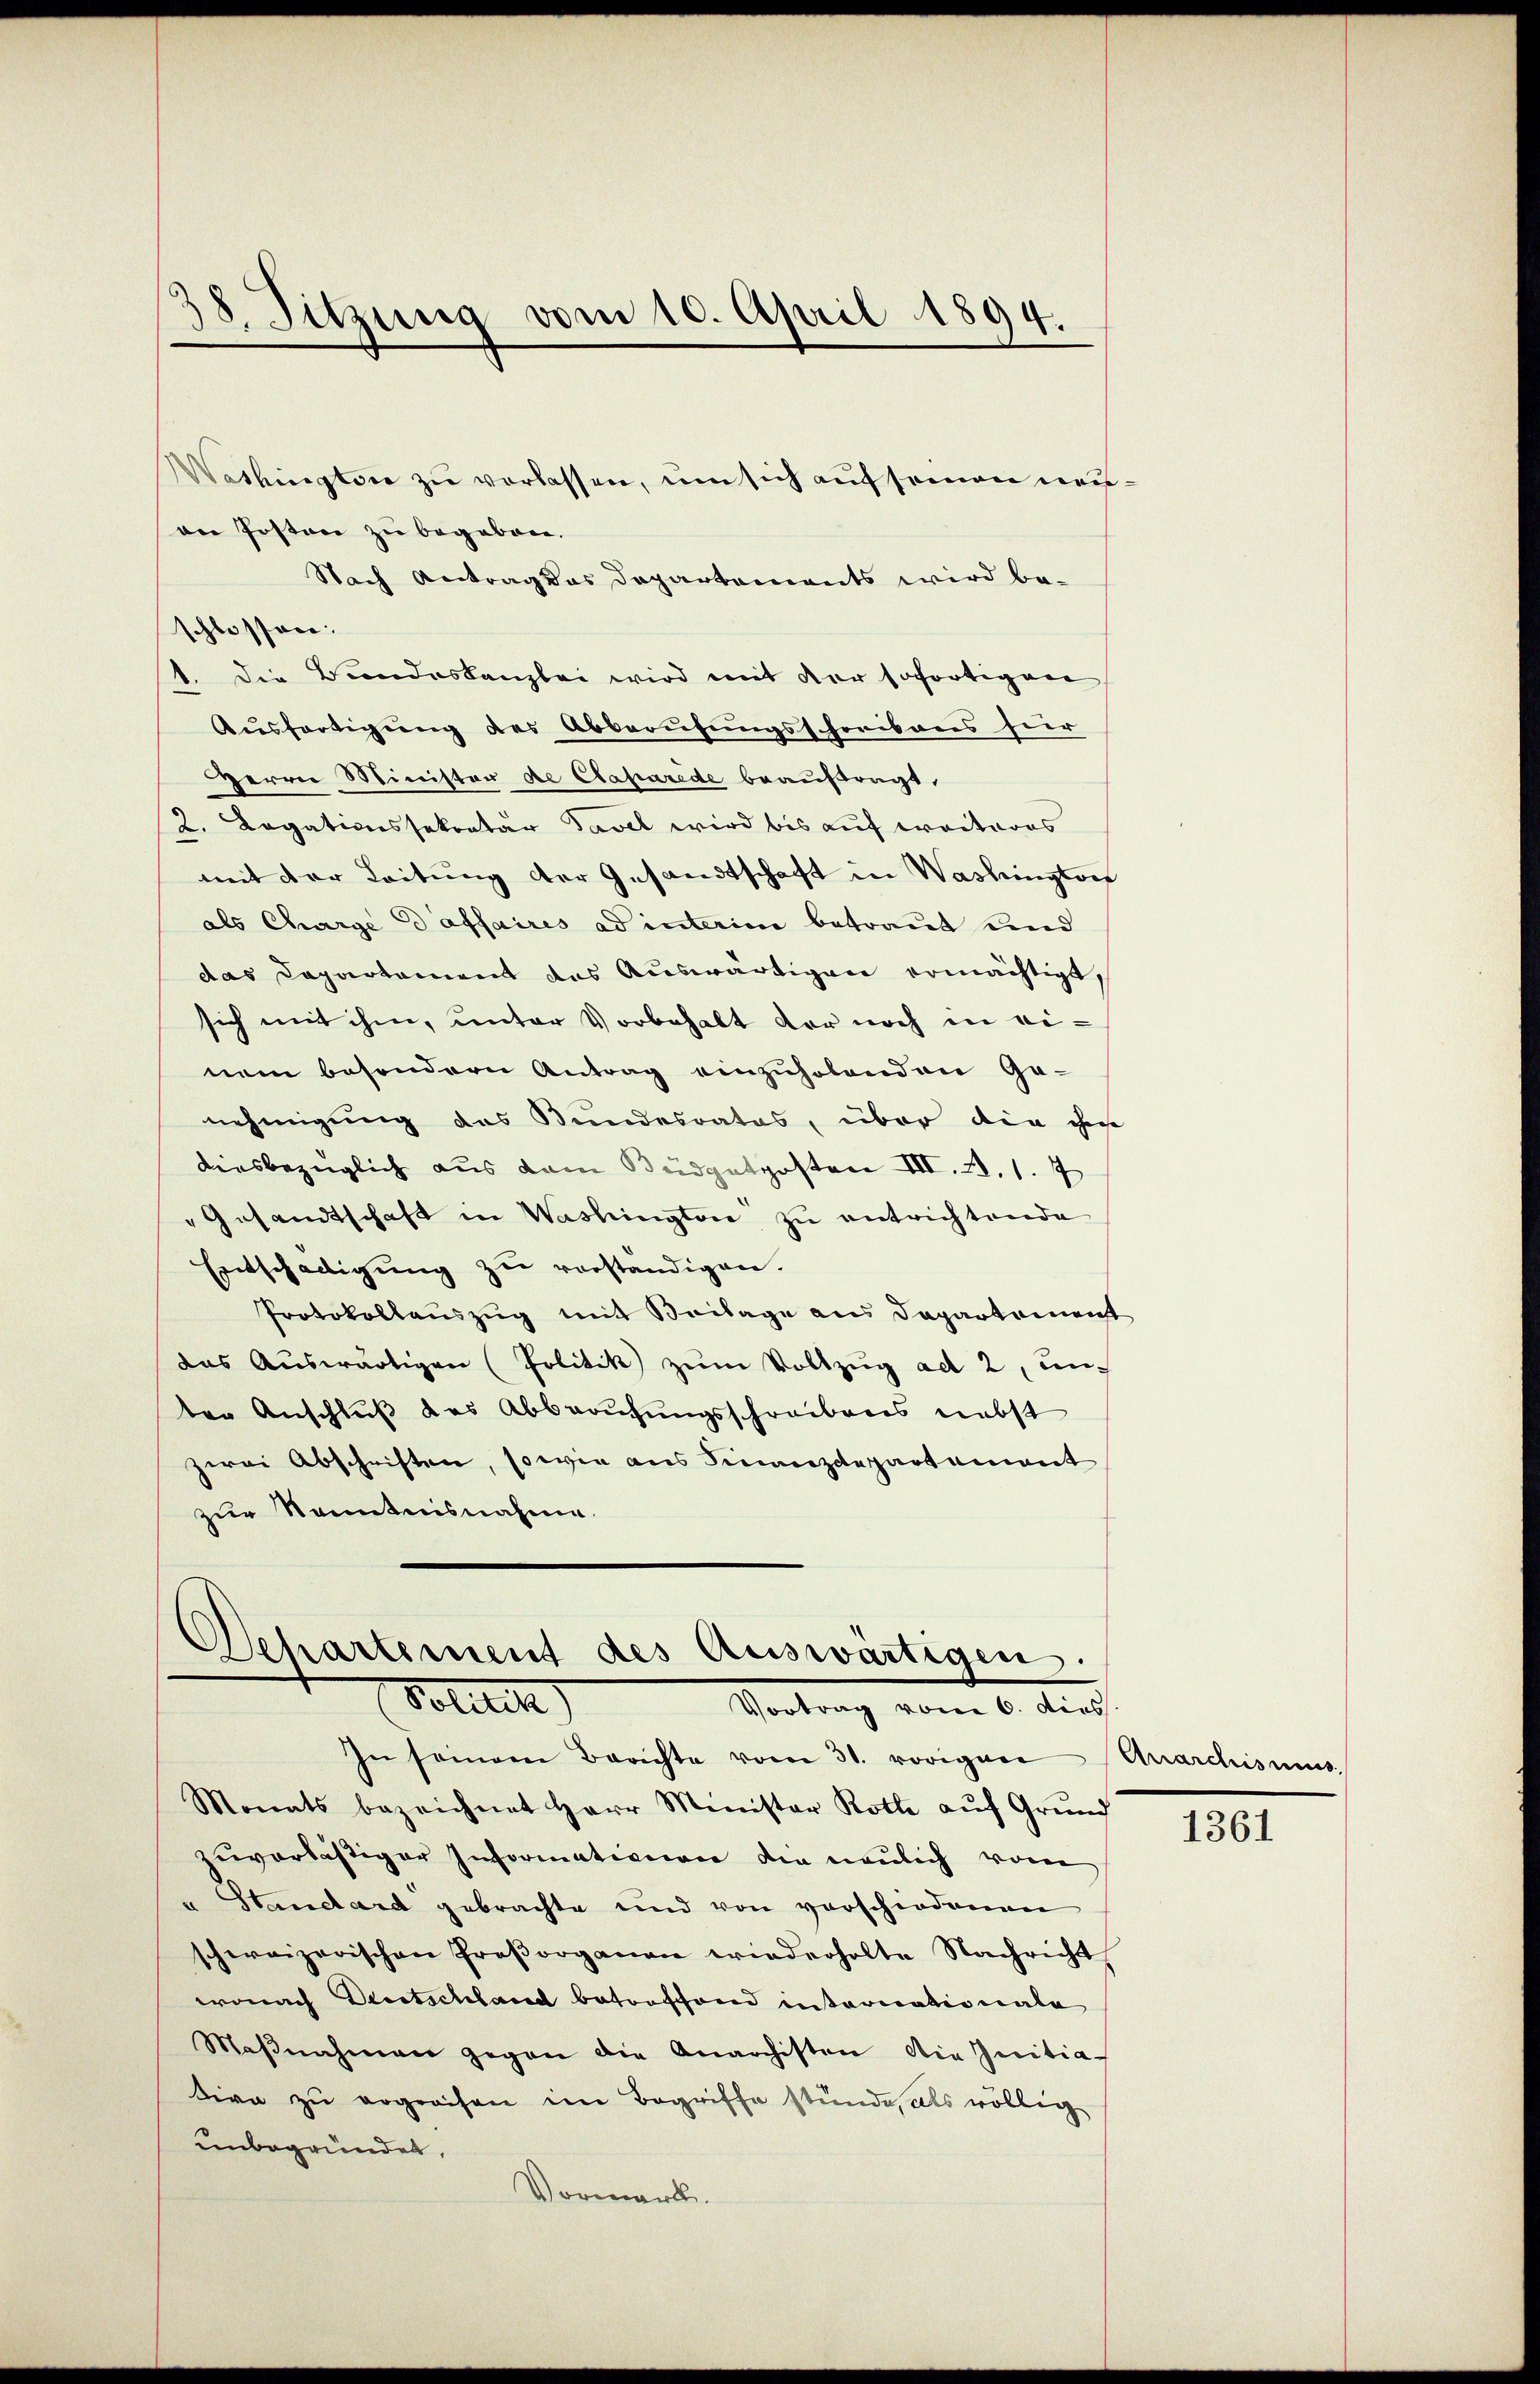
38. Sitzung vom 10. April 1894.

Washington zŭ verlassen, um sich auf seien neuan Posten zu begeben.
Nach Antrag das Departements wird be-
1. Die Bundeskanzlei wird mit der sofortigen
Ausfertigung des Abberufungsschribens hier
Herrn Minister de Caparede beauftragt.
2. Legationssekretär Tavel wird bis auf weiteres
mit der Leitung der Gesandtschaft in Washingtorf
als Charge ed affaires ad interim betraut und
das Dapartement das Auswärtigen ermächtigt
sich mit ihm, unter Vorbehalt der noch in einem besondern Antrag einzuholenden Ge-
nehmigung des Bundesrates, über die ihm
diesbezüglich aus dem Büdgetposten III. 28. 1. 7
"Gesandtschaft in Washington zŭ entrichtende
Entschädigŭng zu verständigen.
Protokollauszug mit Beilage aus Departement
das Aŭswärtigen (Politik zŭm Vollzŭg ad 2, un-
ter Anschluß des Abberufungsschreibens nebst
zwei Abschriften, sowie aus Finanzdepartement
zur Kenntnisnahme.

schlossen:

Departement des Auswärtigen.
Soleck
Vortrag vom 6. dies

In seinem Berichte vom 31. vorigen
Monats bezeichnet Herr Minister Roth aŭf Grŭnd
zŭverlästiger Informationen die neulich vom
" Standard gebrachte und von verschiedenen
schweizerischen Proβorganen wiederholte Nachricht
wonach Deutschland betreffend internationale
Maβnahmen gegen die Anarchisten die Initia-
tirn zu ergreifen im Begriffe stünde, als völlig
unbegründet,
Vormerk.

Anarchismus,

1361